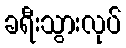
ခရီးသွားလုပ်